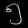
Digit: ၅